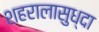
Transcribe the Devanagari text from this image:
शहरालासुध्दा